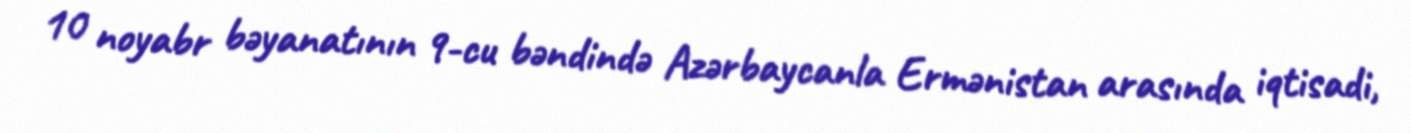
10 noyabr bəyanatının 9-cu bəndində Azərbaycanla Ermənistan arasında iqtisadi,